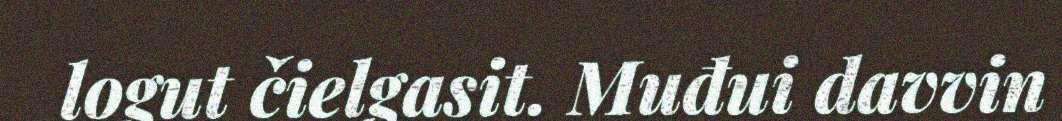
logut čielgasit. Muđui davvin